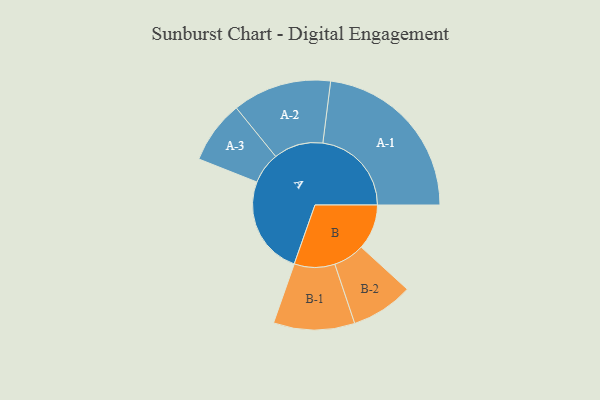
{"axis": {"x": "Segment", "y": "Value"}, "legend": ["", "A", "B"], "data": [{"x": "A", "y": 333, "type": ""}, {"x": "B", "y": 153, "type": ""}, {"x": "A-1", "y": 299, "type": "A"}, {"x": "A-2", "y": 167, "type": "A"}, {"x": "A-3", "y": 106, "type": "A"}, {"x": "B-1", "y": 137, "type": "B"}, {"x": "B-2", "y": 105, "type": "B"}]}